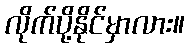
လိုက်ပို့နိုင်မှာလား။